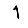
Digit: 1